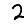
Digit: 2